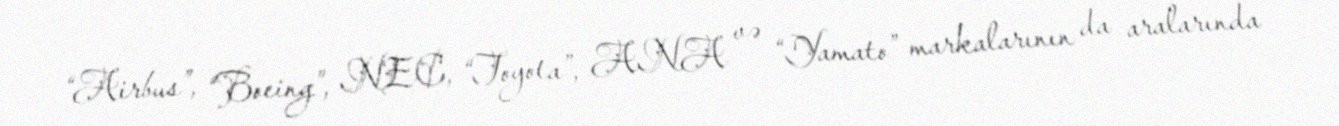
“Airbus”, “Boeing”, NEC, “Toyota”, ANA və “Yamato” markalarının da aralarında